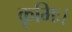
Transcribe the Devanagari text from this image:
कृमिः।